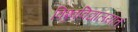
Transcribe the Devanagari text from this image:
विश्र्वविद्यालयात